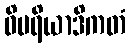
ဝိမရိယာဒိကတံ